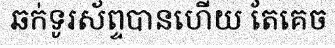
ឆក់ទូរស័ព្ទបានហើយ តែគេច